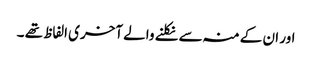
اور ان کے منہ سے نکلنے والے آخری الفاظ تھے ۔